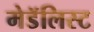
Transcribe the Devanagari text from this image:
मेडॅलिस्ट